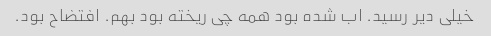
خیلی دیر رسید. ‌اب شده بود همه چی ریخته بود بهم. افتضاح بود.